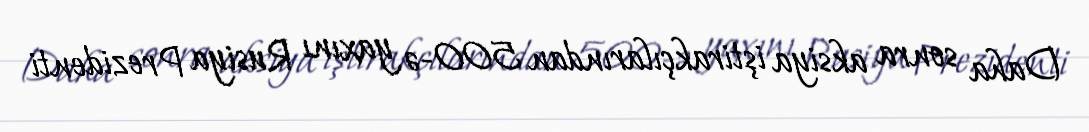
Daha sonra aksiya iştirakçılarından 500-ə yaxını Rusiya Prezidenti